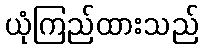
ယုံကြည်ထားသည်